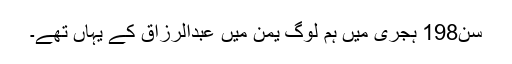
سن198 ہجری میں ہم لوگ یمن میں عبدالرزاق کے یہاں تھے۔